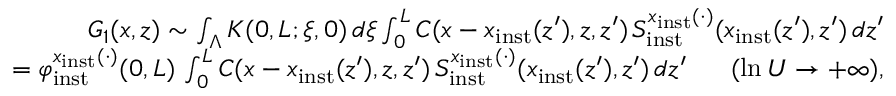
\begin{array} { r l r } & { } & { G _ { 1 } ( x , z ) \sim \int _ { \Lambda } K ( 0 , L ; \xi , 0 ) \, d \xi \int _ { 0 } ^ { L } C ( x - x _ { \mathrm { i n s t } } ( z ^ { \prime } ) , z , z ^ { \prime } ) \, S _ { \mathrm { i n s t } } ^ { x _ { \mathrm { i n s t } } ( \cdot ) } ( x _ { \mathrm { i n s t } } ( z ^ { \prime } ) , z ^ { \prime } ) \, d z ^ { \prime } } \\ & { } & { = \varphi _ { \mathrm { i n s t } } ^ { x _ { \mathrm { i n s t } } ( \cdot ) } ( 0 , L ) \, \int _ { 0 } ^ { L } C ( x - x _ { \mathrm { i n s t } } ( z ^ { \prime } ) , z , z ^ { \prime } ) \, S _ { \mathrm { i n s t } } ^ { x _ { \mathrm { i n s t } } ( \cdot ) } ( x _ { \mathrm { i n s t } } ( z ^ { \prime } ) , z ^ { \prime } ) \, d z ^ { \prime } \ \ \ \ \ ( \ln U \to + \infty ) , } \end{array}